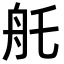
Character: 𦨎